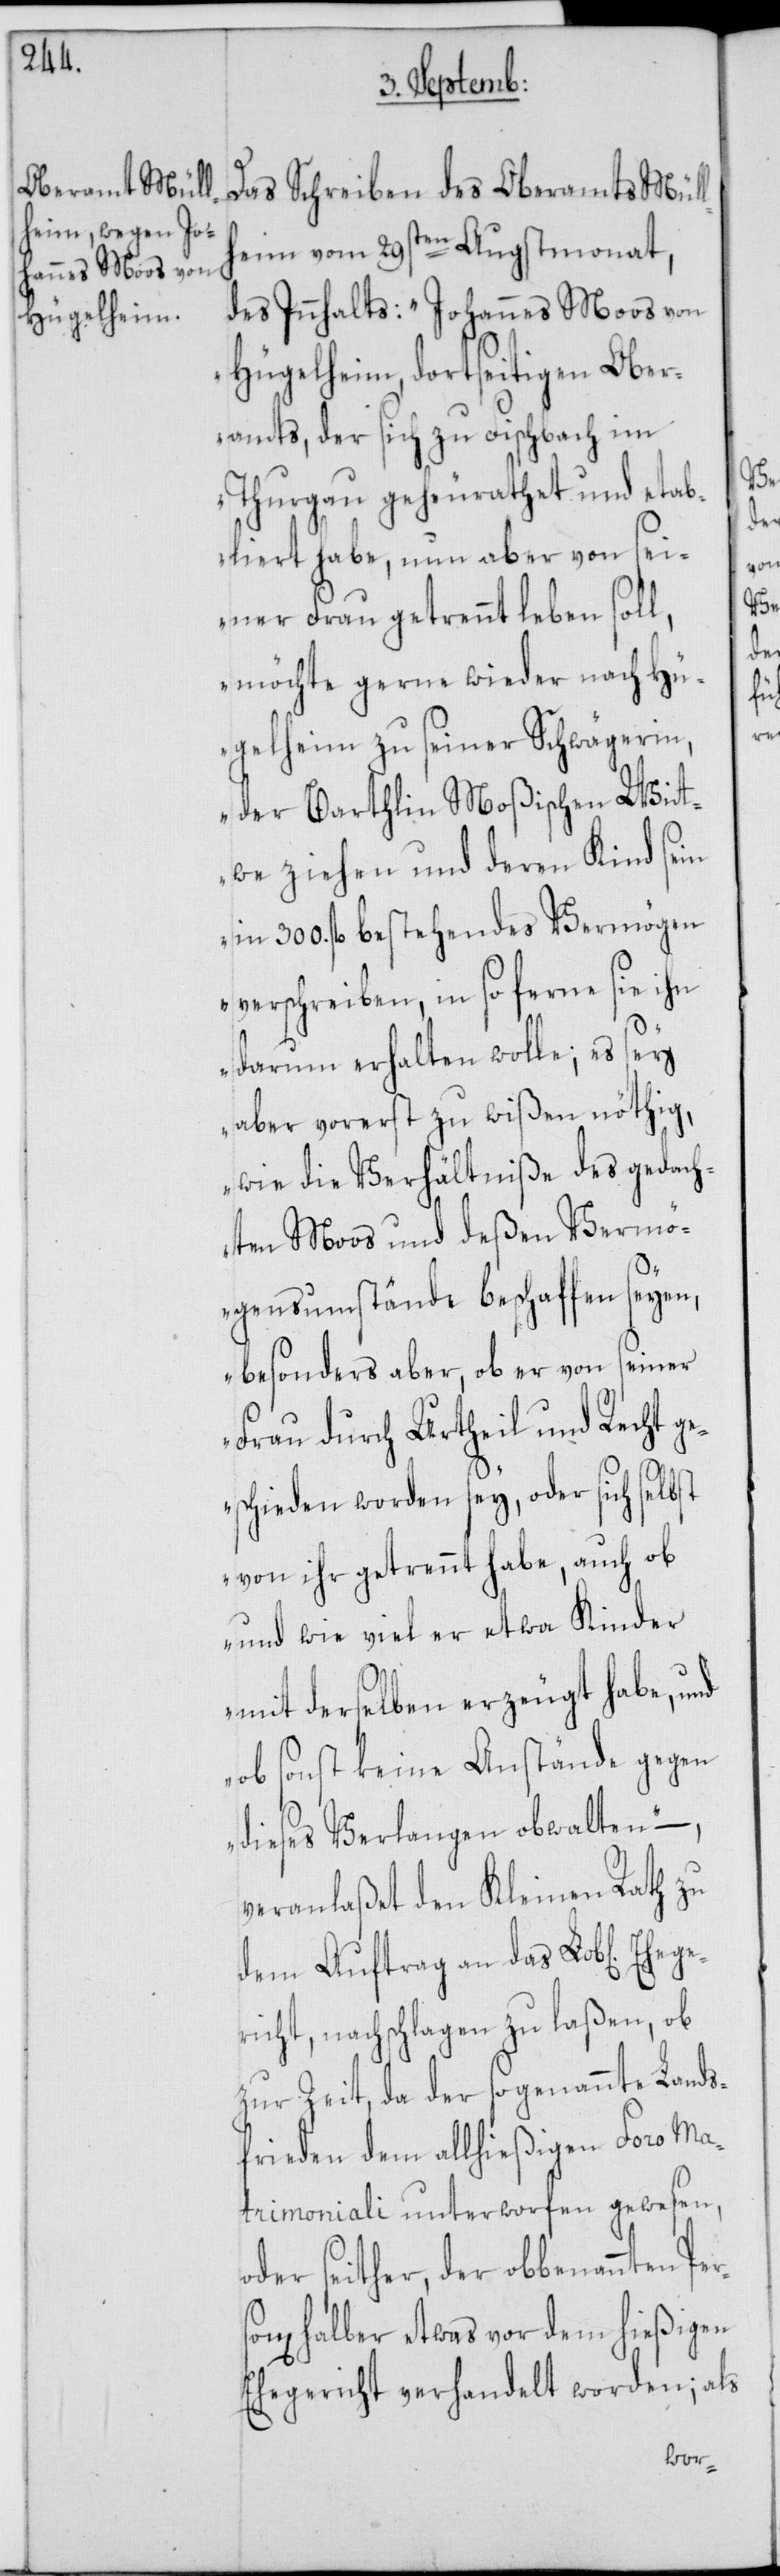
Ehege¬

Das Schreiben des Oberamts Müllh¬
eim vom 29sten Augstmonat,
des Innhalts: „Johannes Moos von
Hügelheim, dortseitigen Ober¬
amts, der sich zu Fischbach im
Thurgau geheurathet und etab¬
liert habe, nun aber von sei¬
ner Frau getrennt leben soll,
möchte gerne wieder nach Hü¬
gelheim zu seiner Schwägerin,
der Barthlin Moßischen Witt¬
we ziehen und deren Kind sein
in 300. fl. bestehendes Vermögen
verschreiben, in so ferne sie ihn
darum erhalten wolle; es sey
aber vorerst zu wißen nöthig,
wie die Verhältniße des gedach¬
ten Moos und deßen Vermö¬
gensumstände beschaffen seyen,
besonders aber, ob er von seiner
Frau durch Urtheil und Recht ge¬
schieden worden sey, oder sich selbst
von ihr getrennt habe, auch ob
und wie viel er etwa Kinder
mit derselben erzeugt habe, und
ob sonst keine Anstände gegen
dieses Verlangen obwalten“ –,
veranlaßet den Kleinen Rath zu
dem Auftrag an das Lob[liche]
richt, nachschlagen zu laßen, ob
zur Zeit, da der sogenannte Lands¬
frieden dem allhießigen Foro Ma¬
trimoniali unterworfen gewesen,
oder seither, der obbenannten
halber etwas vor dem hießigen
Ehegericht verhandelt worden; als